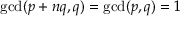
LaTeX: \operatorname* { g c d } ( p + n q , q ) = \operatorname* { g c d } ( p , q ) = 1